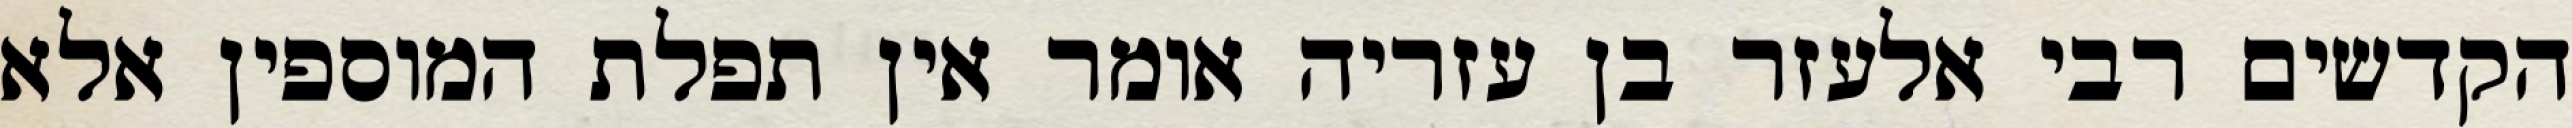
הקדשים רבי אלעזר בן עזריה אומר אין תפלת המוספין אלא